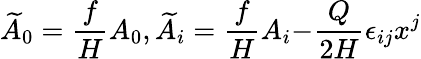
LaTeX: \widetilde{A}_{0}=\frac{f}{H}A_{0},\widetilde{A}_{i}=\frac{f}{H}A_{i}{-}\frac{Q}{2H}\epsilon_{ij}x^{j}